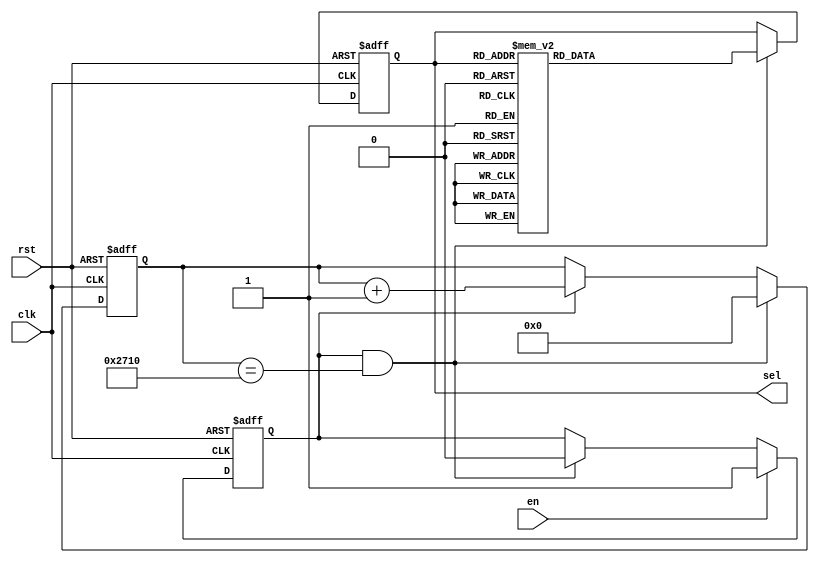
`timescale 1ns / 1ps
//////////////////////////////////////////////////////////////////////////////////
// Company: 
// Engineer: 
// 
// Design Name: 
// Module Name: dp_cnt
// Project Name: 
// Target Devices: 
// Tool Versions: 
// Description: 
// 
// Dependencies: 
// 
// Revision:
// Revision 0.01 - File Created
// Additional Comments:
// 
//////////////////////////////////////////////////////////////////////////////////



// this is select led
module dp_cnt #(
    parameter F = 10000
)  // log2(1500000) = 20.51
(
    output reg [2:0] sel,
    input clk,
    input rst,
    input en  // en default to 1
);
  reg [20:0] cnt;
  reg cnt_inc;
  wire rst_n = ~rst;
  wire cnt_end = cnt_inc & (cnt == F);

  // clk enable count
  always @(posedge clk or negedge rst_n) begin
    if (~rst_n) begin
      cnt_inc <= 1'b0;
    end else if (en) begin
      cnt_inc <= 1'b1;
    end else if (cnt_end) begin
      cnt_inc <= 1'b0;
    end
  end

  // clk count increase
  always @(posedge clk or negedge rst_n) begin
    if (~rst_n) begin
      cnt <= 21'h0;
    end else if (cnt_end) begin
      cnt <= 21'h0;
    end else if (cnt_inc) begin
      cnt <= cnt + 21'h1;
    end
  end

  // digital select
  always @(posedge clk or negedge rst_n) begin
    if (~rst_n) begin
      sel <= 3'b000;
    end  // else if (sel == 3'b111) begin sel <= 3'b000; end
         // else if (cnt_end) begin sel <= sel + 3'b001; end
    else if (cnt_end) begin
      case (sel)
        3'b000: sel <= 3'b001;
        3'b001: sel <= 3'b010;
        3'b010: sel <= 3'b011;
        3'b011: sel <= 3'b100;

        3'b100: sel <= 3'b101;
        3'b101: sel <= 3'b110;
        3'b110: sel <= 3'b111;
        3'b111: sel <= 3'b000;
      endcase
    end
  end
endmodule